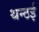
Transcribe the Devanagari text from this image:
थन्ठई